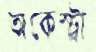
অকেস্ট্রা